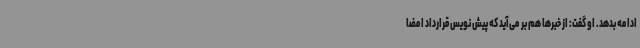
ادامه بدهد. او گفت: از خبرها هم بر می‌آید که پیش نویس قرارداد امضا